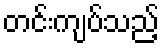
တင်းကျပ်သည့်